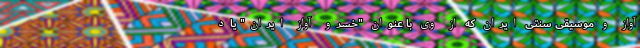
آواز و موسیقی سنتی ایران که از وی با عنوان "خسرو آواز ایران" یاد